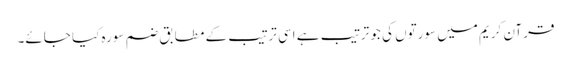
قرآن کریم میں سورتوں کی جو ترتیب ہے اسی ترتیب کے مطابق ضم سورہ کیا جائے۔